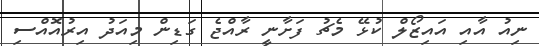
ނިއު އާއި އައިޒޯލް ކުޅޭ މެޗު ފަށާނީ ރާއްޖެ ގަޑިން މިއަދު އިރުއޮއްސި